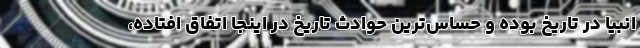
انبیا در تاریخ بوده و حساس‌ترین حوادث تاریخ در اینجا اتفاق افتاده،